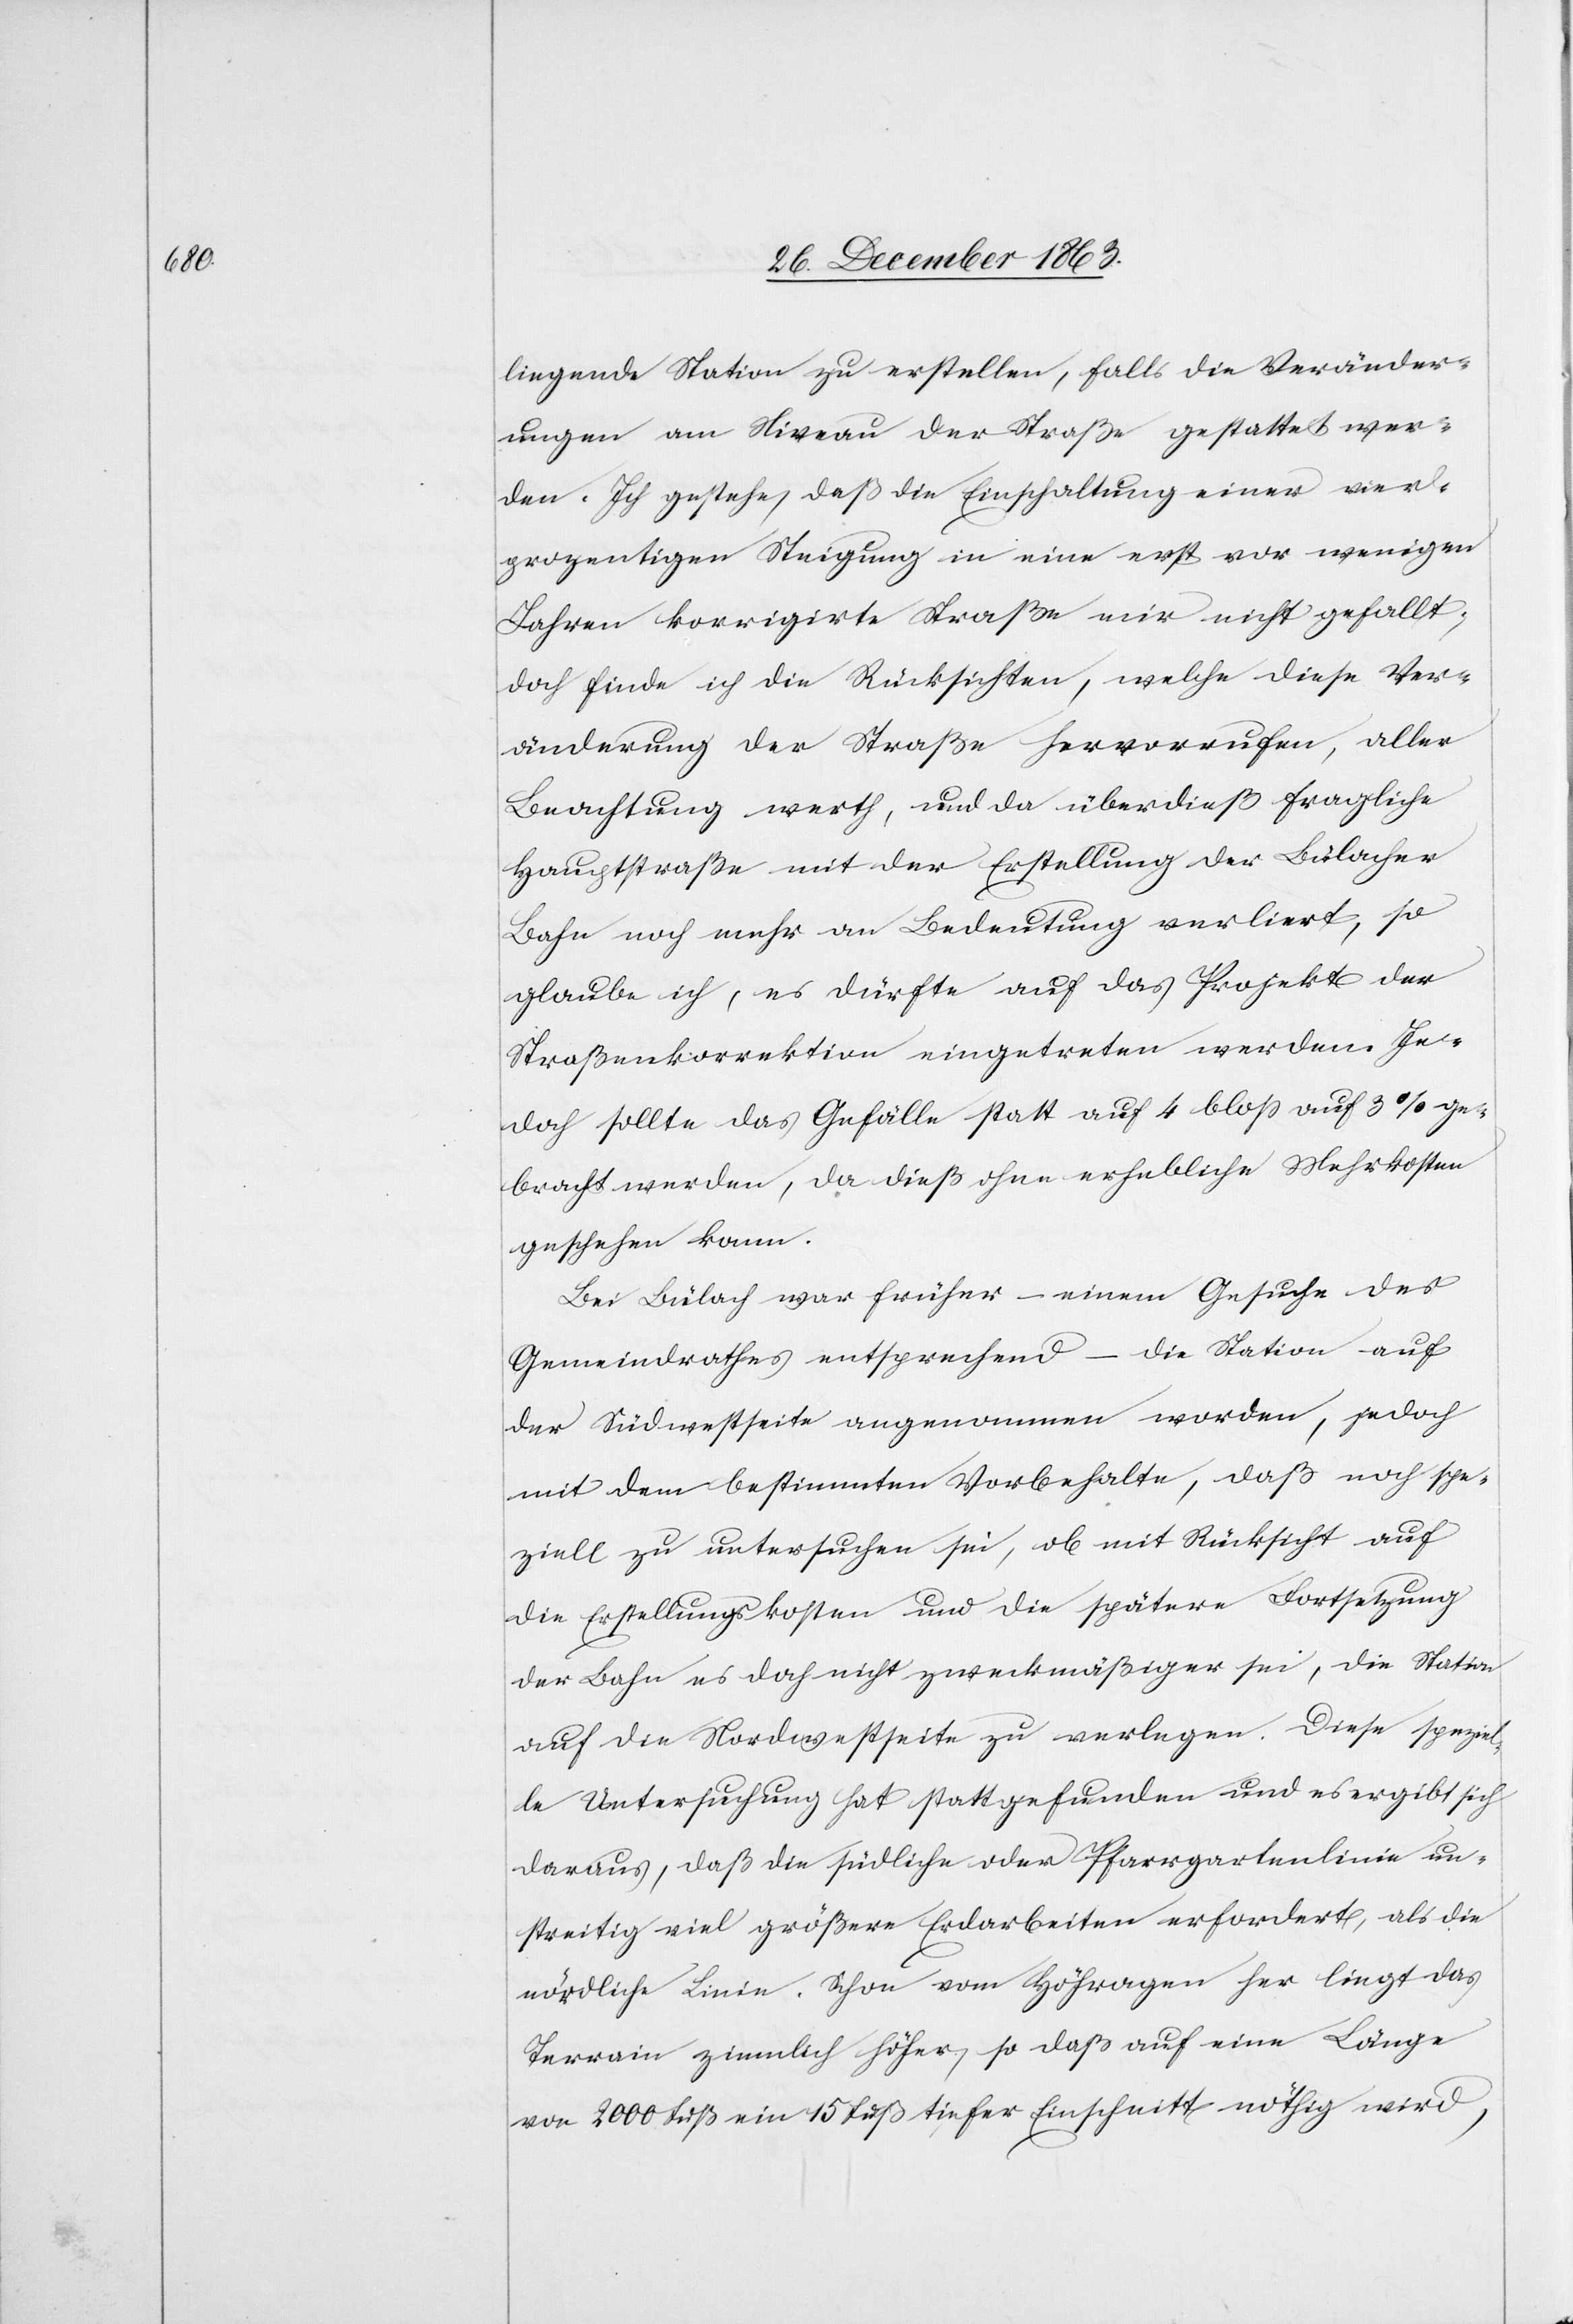
liegende Station zu erstellen, falls die Veränder¬
ungen am Niveau der Straße gestattet wer¬
den. Ich gestehe, das die Einschaltung einer vier¬
prozentigen Steigung in eine erst vor wenigen
Jahren korrigirte Straße mir nicht gefallt;
doch finde ich die Rücksichten, welche diese Ver¬
änderung der Straße hervorrufen, aller
Beachtung werth, und da überdieß fragliche
Hauptstraße mit der Erstellung der Bülacher
Bahn noch mehr an Bedeutung verliert, so
glaube ich, es dürfte auf das Projekt der
Straßenkorrektion eingetreten werden. Je¬
doch sollte das Gefälle statt auf 4 bloss auf 3% ge¬
bracht werden, da dieß ohne erhebliche Mehrkosten
geschehen kann.
Bei Bülach war früher – einem Gesuche des
Gemeindrathes entsprechend – die Station auf
der Südwestseite angenommen worden, jedoch
mit dem bestimmten Vorbehalte, das noch spe¬
ziell zu untersuchen sei, ob mit Rücksicht auf
die Erstellungskosten und die spätere Fortsetzung
der Bahn es doch nicht zweckmäßiger sei, die Station
auf die Nordwestseite zu verlegen. Diese speziel¬
le Untersuchung hat stattgefunden und es ergibt sich
daraus, daß die südliche oder Pfarrgartenlinie un¬
streitig viel größere Erdarbeiten erfordert, als die
nördliche Linie. Schon vom Höhragen her liegt das
Terrain ziemlich höher, so daß auf eine Länge
von 2000 Fuß ein 15 Fuß tiefer Einschnitt nöthig wird,